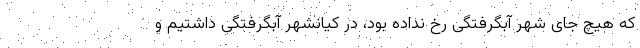
که هیچ جای شهر آبگرفتگی رخ نداده بود، در کیانشهر آبگرفتگی داشتیم و